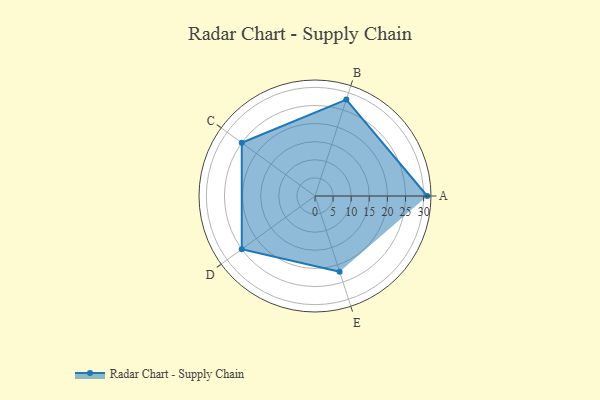
{"axis": {"x": "Skill", "y": "Score"}, "legend": ["Profile"], "data": [{"x": "A", "y": 31.0, "type": "Profile"}, {"x": "B", "y": 28.0, "type": "Profile"}, {"x": "C", "y": 25.0, "type": "Profile"}, {"x": "D", "y": 25.0, "type": "Profile"}, {"x": "E", "y": 22.0, "type": "Profile"}]}